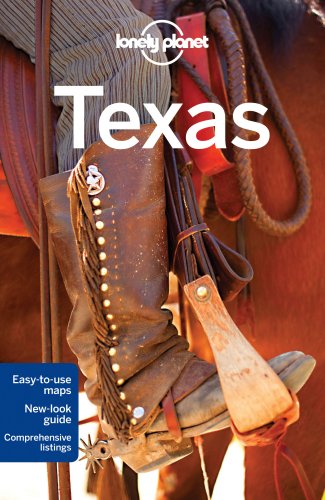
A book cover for Lonely Planet Texas (Travel Guide); Lonely Planet; Travel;